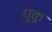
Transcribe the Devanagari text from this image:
युक्ल